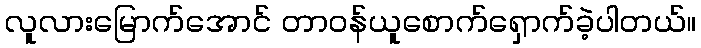
လူလားမြောက်အောင် တာဝန်ယူစောက်ရှောက်ခဲ့ပါတယ်။